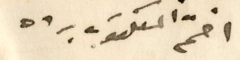
أختم المكتوب برده